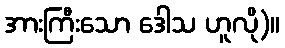
အားကြီးသော ဒေါသ ဟူလို)။